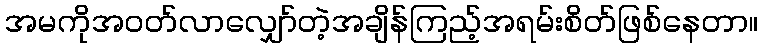
အမကိုအဝတ်လာလျှော်တဲ့အချိန်ကြည့်အရမ်းစိတ်ဖြစ်နေတာ။